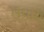
ઉઘાડ